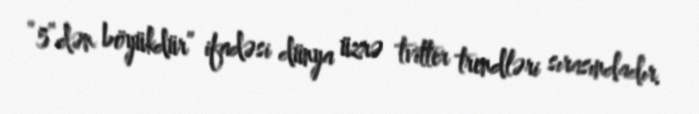
“5”dən böyükdür” ifadəsi dünya üzrə tvitter trendləri sırasındadır.